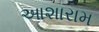
આશારામ